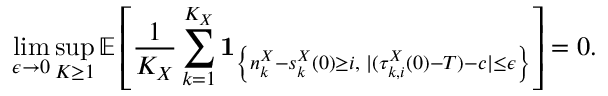
\operatorname* { l i m } _ { \epsilon \to 0 } \operatorname* { s u p } _ { K \geq 1 } \mathbb { E } \left[ \frac { 1 } { K _ { X } } \sum _ { k = 1 } ^ { K _ { X } } \mathbf { 1 } _ { \left\{ n _ { k } ^ { X } - s _ { k } ^ { X } ( 0 ) \geq i , \; | ( \tau _ { k , i } ^ { X } ( 0 ) - T ) - c | \leq \epsilon \right\} } \right] = 0 .